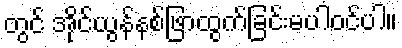
တွင် အိုင်ယွန်နစ်ဖြာထွက်ခြင်းမပါဝင်ပါ။